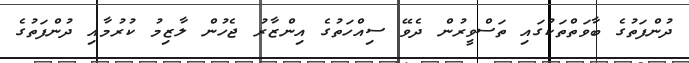
ދުންފަތުގެ ބާވަތްތަކުގައި ތަސްވީރުން ދެވޭ ސިއްހަތުގެ އިންޒާރު ޖެހުން ލާޒިމު ކުރުމާއި ދުންފަތުގެ